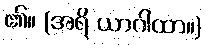
၏။ (အရိ ယာဂါထာ။)